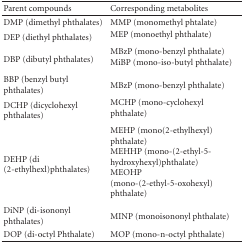
<table><thead><tr><td><b>Parent compounds</b></td><td><b>Corresponding metabolites</b></td></tr></thead><tbody><tr><td>DMP (dimethyl phthalates)</td><td>MMP (monomethyl phtalate)</td></tr><tr><td>DEP (diethyl phthalates)</td><td>MEP (monoethyl phthalate)</td></tr><tr><td>DBP (dibutyl phthalates)</td><td>MBzP (mono-benzyl phthalate)MiBP (mono-iso-butyl phthalate) </td></tr><tr><td>BBP (benzyl butyl phthalates)</td><td>MBzP (mono-benzyl phthalate)</td></tr><tr><td>DCHP (dicyclohexyl phthalates)</td><td>MCHP (mono-cyclohexyl phthalate) </td></tr><tr><td>DEHP (di (2-ethylhexl)phthalates)</td><td>MEHP (mono(2-ethylhexyl) phthalate)MEHHP (mono-(2-ethyl-5-hydroxyhexyl)phthalate)MEOHP (mono-(2-ethyl-5-oxohexyl) phthalate) </td></tr><tr><td>DiNP (di-isononyl phthalates)</td><td>MINP (monoisononyl phthalate)</td></tr><tr><td>DOP (di-octyl Phthalate)</td><td>MOP (mono-n-octyl phthalate)</td></tr></tbody></table>